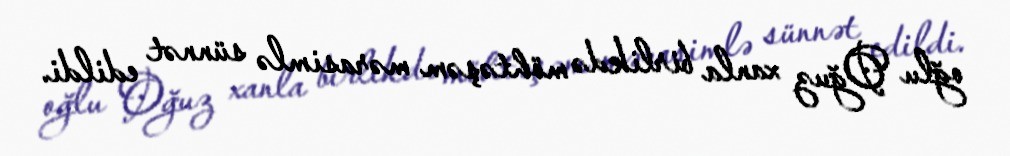
oğlu Oğuz xanla birlikdə möhtəşəm mərasimlə sünnət edildi.